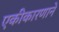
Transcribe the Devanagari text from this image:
एकीकारणाने